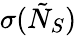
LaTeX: \sigma(\tilde{N}_{S})